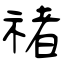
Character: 禇